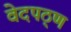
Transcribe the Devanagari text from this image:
वेदपठ्ण